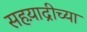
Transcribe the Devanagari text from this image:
सहय़ाद्रीच्या